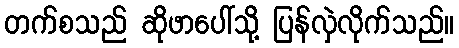
တက်စသည် ဆိုဖာပေါ်သို့ ပြန်လှဲလိုက်သည်။